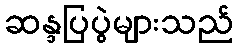
ဆန္ဒပြပွဲများသည်